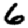
Digit: 6